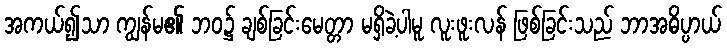
အကယ်၍သာ ကျွန်မ၏ ဘဝ၌ ချစ်ခြင်းမေတ္တာ မရှိခဲ့ပါမူ လူးဖူးလန် ဖြစ်ခြင်းသည် ဘာအဓိပ္ပာယ်